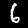
Label: 6